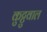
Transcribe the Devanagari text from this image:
कुट्टुवाल